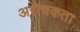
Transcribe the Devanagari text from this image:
अरोचकता